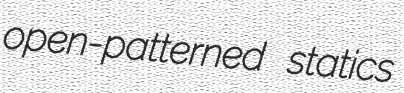
open-patterned statics